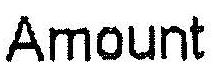
AMOUNT